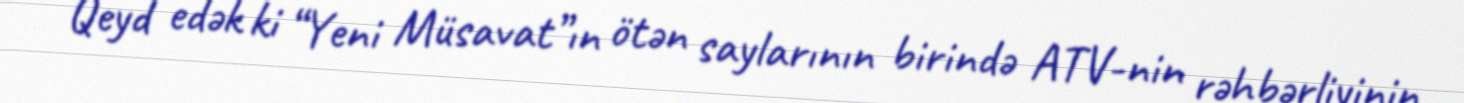
Qeyd edək ki “Yeni Müsavat”ın ötən saylarının birində ATV-nin rəhbərliyinin